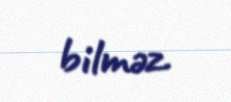
bilməz.